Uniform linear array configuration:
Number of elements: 64
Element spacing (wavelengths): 0.75
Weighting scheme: hann
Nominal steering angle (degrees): -45
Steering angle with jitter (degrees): -45.611
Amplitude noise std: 0.05
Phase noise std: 0.05

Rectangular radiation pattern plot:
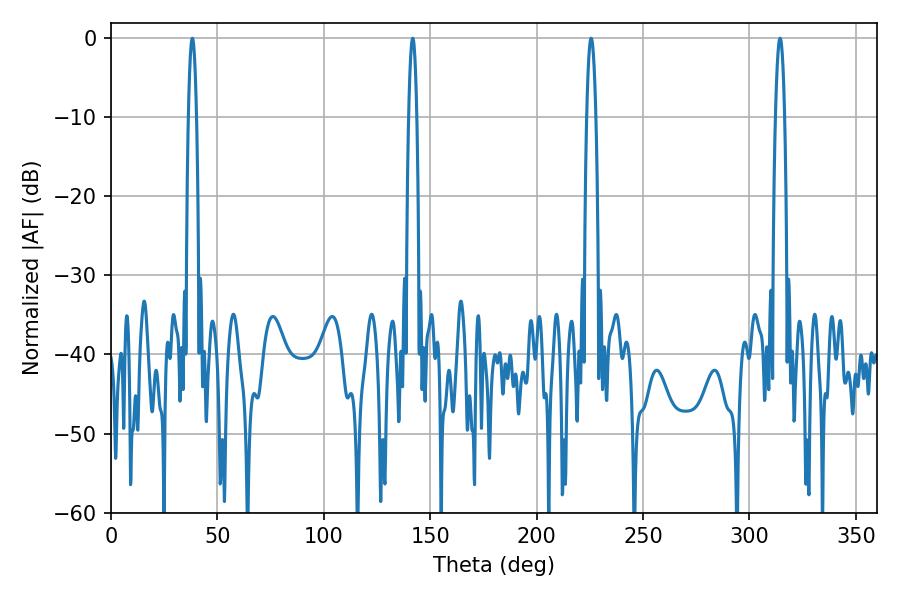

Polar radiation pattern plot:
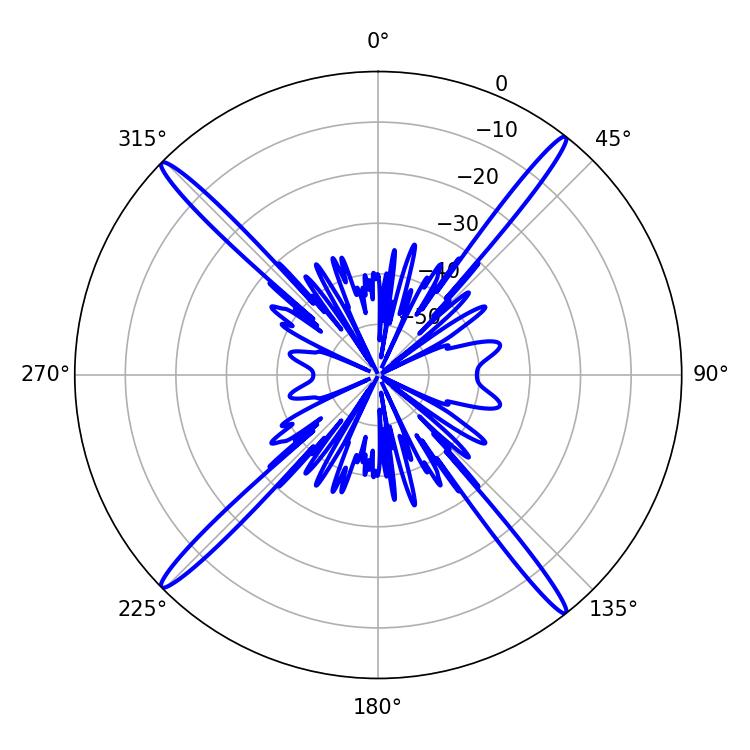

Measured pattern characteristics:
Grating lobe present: TRUE
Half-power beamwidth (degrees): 1.98
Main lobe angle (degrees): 38.16